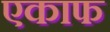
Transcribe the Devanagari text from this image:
एकाफ